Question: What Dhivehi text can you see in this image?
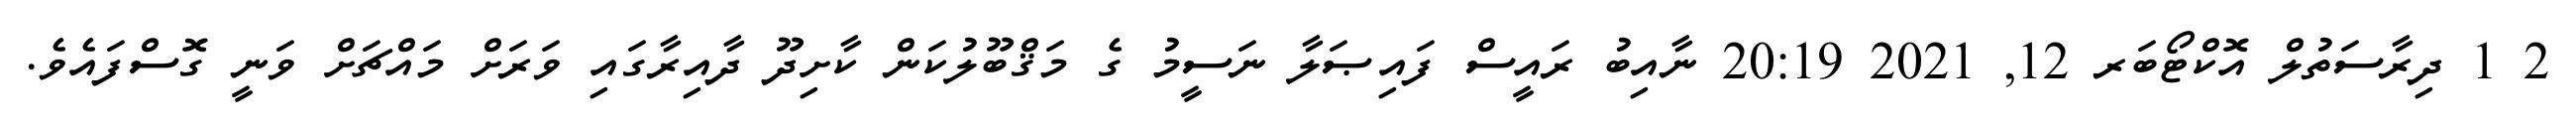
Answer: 2 1 ދިރާސަތުލް އޮކްޓޯބަރ 12, 2021 20:19 ނާއިބު ރައީސް ފައިޞަލާ ނަސީމު ގެ މަޤްބޫލުކަން ކާށިދޫ ދާއިރާގައި ވަރަށް މައްޗަށް ވަނީ ގޮސްފައެވެ.